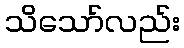
သိသော်လည်း